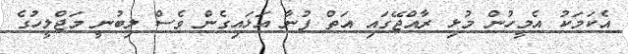
އެކަމަކު އެމީހުން މުޅި ރާއްޖޭގައި އަތް ފުނާ އަޅައިގެން ވެސް ލިބުނީ މަޖްލީހުގެ